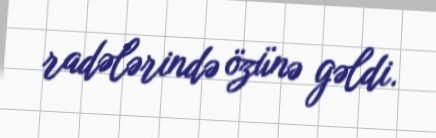
radələrində özünə gəldi.